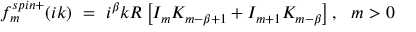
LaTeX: f _ { m } ^ { s p i n + } ( i k ) \ = \ i ^ { \beta } k R \left[ I _ { m } K _ { m - \beta + 1 } + I _ { m + 1 } K _ { m - \beta } \right] , \ \ m > 0